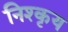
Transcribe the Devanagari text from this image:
निश्कृय